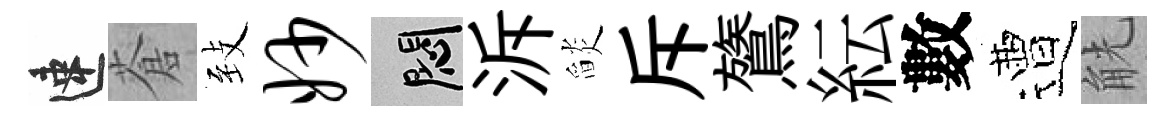
速蒼𦤺妙悶泝𦦨斥鷟紜數遭觥